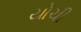
યોચી